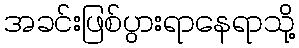
အခင်းဖြစ်ပွားရာနေရာသို့